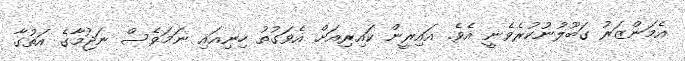
އެމަންޒަރު ގަބޫލުނުކުރެވެނީ އެވެ. އައިރީން ކައިރިއަށް އެވަގުތު ހިނިއައި ނަމަވެސް ނަޖުމާގެ އަތުގާ